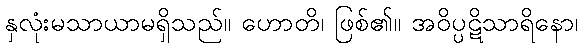
နှလုံးမသာယာမရှိသည်။ ဟောတိ၊ ဖြစ်၏။ အဝိပ္ပဋိသာရိနော၊